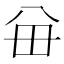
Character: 𪞈